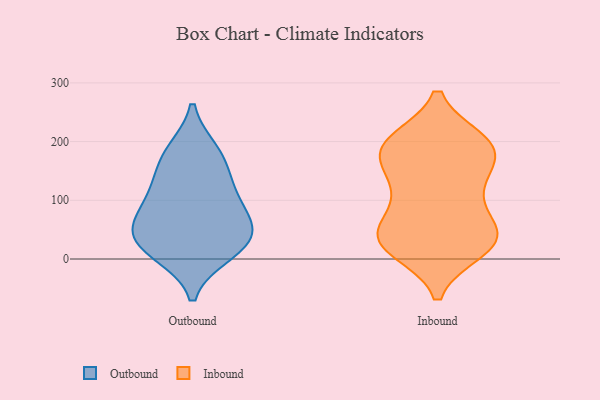
{"axis": {"x": "Backlog", "y": "Value"}, "legend": ["Inbound", "Outbound"], "data": [{"x": "", "y": 36, "type": "Outbound"}, {"x": "", "y": 36, "type": "Outbound"}, {"x": "", "y": 62, "type": "Outbound"}, {"x": "", "y": 10, "type": "Outbound"}, {"x": "", "y": 60, "type": "Outbound"}, {"x": "", "y": 137, "type": "Outbound"}, {"x": "", "y": 183, "type": "Outbound"}, {"x": "", "y": 94, "type": "Outbound"}, {"x": "", "y": 112, "type": "Outbound"}, {"x": "", "y": 16, "type": "Outbound"}, {"x": "", "y": 176, "type": "Outbound"}, {"x": "", "y": 193, "type": "Inbound"}, {"x": "", "y": 176, "type": "Inbound"}, {"x": "", "y": 138, "type": "Inbound"}, {"x": "", "y": 42, "type": "Inbound"}, {"x": "", "y": 108, "type": "Inbound"}, {"x": "", "y": 97, "type": "Inbound"}, {"x": "", "y": 183, "type": "Inbound"}, {"x": "", "y": 33, "type": "Inbound"}, {"x": "", "y": 200, "type": "Inbound"}, {"x": "", "y": 195, "type": "Inbound"}, {"x": "", "y": 45, "type": "Inbound"}, {"x": "", "y": 182, "type": "Inbound"}, {"x": "", "y": 130, "type": "Inbound"}, {"x": "", "y": 36, "type": "Inbound"}, {"x": "", "y": 16, "type": "Inbound"}, {"x": "", "y": 42, "type": "Inbound"}, {"x": "", "y": 17, "type": "Inbound"}, {"x": "", "y": 199, "type": "Inbound"}, {"x": "", "y": 34, "type": "Inbound"}]}